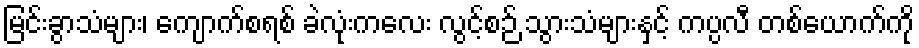
မြင်းခွာသံများ၊ ကျောက်စရစ် ခဲလုံးကလေး လွင့်စဉ် သွားသံများနှင့် ကပ္ပလီ တစ်ယောက်ကို